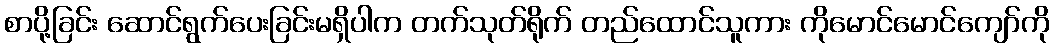
စာပို့ခြင်း ဆောင်ရွက်ပေးခြင်းမရှိပါက တက်သုတ်ရိုက် တည်ထောင်သူကား ကိုမောင်မောင်ကျော်ကို